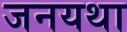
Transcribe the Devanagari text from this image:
जनयथा